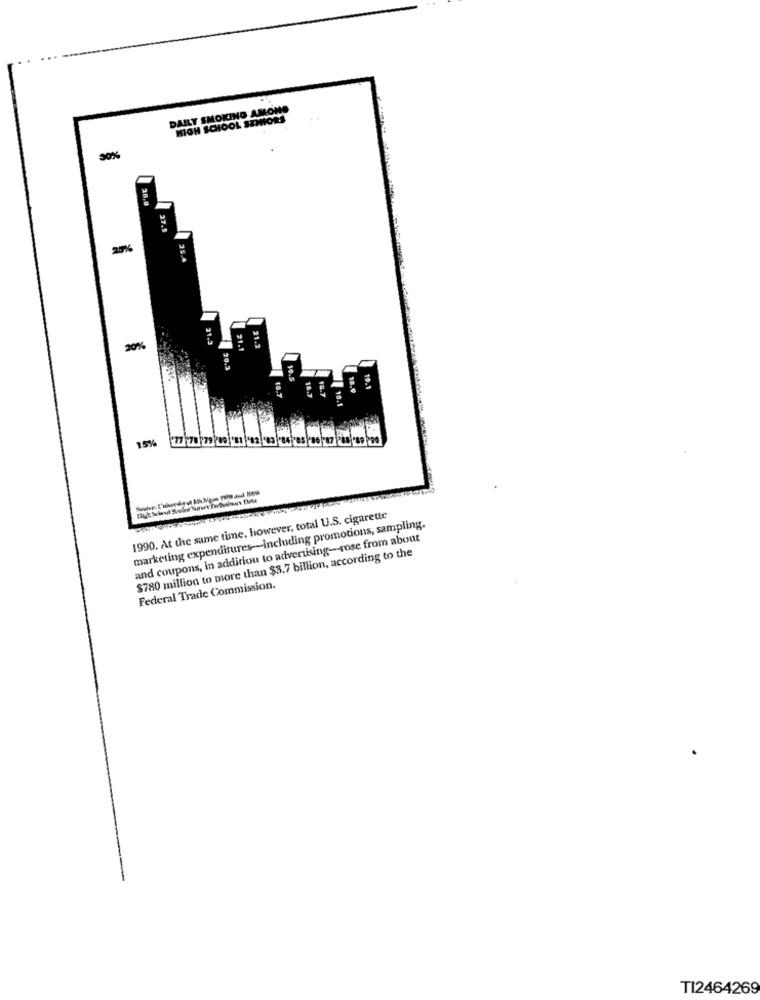
DAILY SMOKING AMONG
HIGH SCHOOL MOIHORS
50%
20.0
25.4
21.3
20%
21.1
21.2
50.3
10.5
16.7
18.9
19.1
10.1
15%
77 78 79 10
1990. At the same time, however, total U.S. cigarette
marketing expenditures-including promotions, sampling.
and coupons, in addition to advertising-rose from about
$780 million to more than $3.7 billion, according to the
Federal Trade Commission.
TI2464269